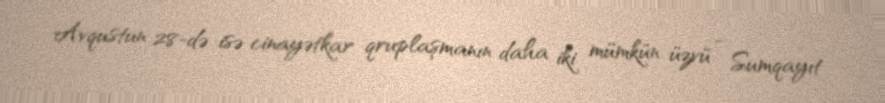
Avqustun 28-də isə cinayətkar qruplaşmanın daha iki mümkün üzvü - Sumqayıt